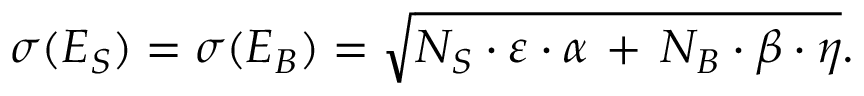
\sigma ( E _ { S } ) = \sigma ( E _ { B } ) = \sqrt { N _ { S } \cdot \varepsilon \cdot \alpha \, + \, N _ { B } \cdot \beta \cdot \eta } .